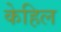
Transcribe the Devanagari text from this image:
केहिल